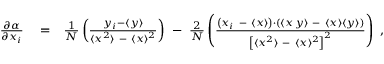
\begin{array} { r l r } { { \frac { \partial \alpha } { \partial \/ x _ { i } } } } & { { } = } & { { \frac { 1 } { N } } \left( \frac { y _ { i } - \langle { y } \rangle } { \langle { x } ^ { 2 } \rangle \ - \ \langle { x } \rangle \/ ^ { 2 } } \right) \ - \ { \frac { 2 } { N } } \left( \frac { \left( x _ { i } \ - \ \langle { x } \rangle \right) \cdot \left( \langle { x \, y } \rangle \ - \ \langle { x } \rangle \langle { y } \rangle \right) } { \left[ \langle { x } ^ { 2 } \rangle \ - \ \langle { x } \rangle \/ ^ { 2 } \right] ^ { 2 } } \right) \ , } \end{array}